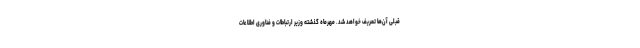
قبلی آن‌ها تعریف خواهد شد. مهرماه گذشته وزیر ارتباطات و فناوری اطلاعات